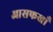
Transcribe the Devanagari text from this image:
आसफखाँ